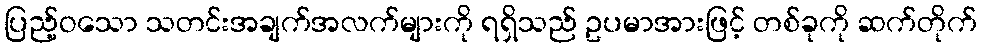
ပြည့်ဝသော သတင်းအချက်အလက်များကို ရရှိသည် ဥပမာအားဖြင့် တစ်ခုကို ဆက်တိုက်